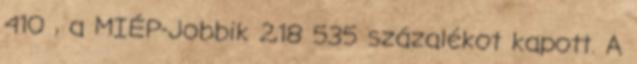
410 , a MIÉP-Jobbik 2,18 535 százalékot kapott. A